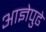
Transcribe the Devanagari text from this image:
आज्ञेपुढे